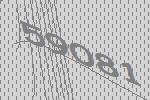
59081